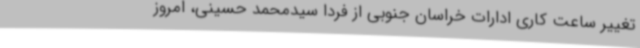
تغییر ساعت کاری ادارات خراسان جنوبی از فردا سیدمحمد حسینی، امروز